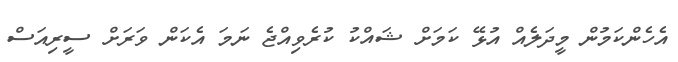
އެހެންކަމުން މީދަލެއް އުޅޭ ކަމަށް ޝައްކު ކުރެވިއްޖެ ނަމަ އެކަން ވަރަށް ސީރިއަސް